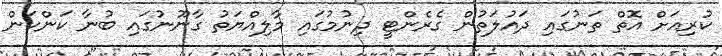
ކުރިއަށް އޮތް ތަނުގައި ދައުލަތުން ގެރެންޓީ ދިނުމުގައި މާލިއްޔަތު ގާނޫނުގައި ބުނާ ކަންކަން